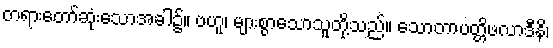
တရားတော်ဆုံးသောအခါ၌။ ဗဟူ၊ များစွာသောသူတို့သည်။ သောတာပတ္တိဖလာဒီနိ၊